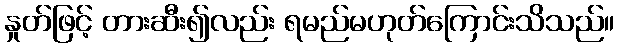
နှုတ်ဖြင့် တားဆီး၍လည်း ရမည်မဟုတ်ကြောင်းသိသည်။